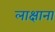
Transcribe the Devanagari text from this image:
लाक्षाना